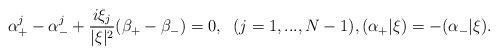
\begin{align*} \alpha^j_+ - \alpha^j_- + \frac{i \xi_j}{|\xi|^2} (\beta_+ - \beta_-) = 0, \;\; (j = 1,...,N-1), (\alpha_+|\xi) = -(\alpha_-|\xi).\end{align*}